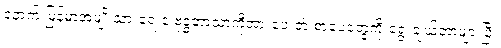
နောက် မြန်မာအမျိုးသားရေးနဲ့ ဗုဒ္ဓဘာသာကိုအားပေးတဲ့ စာပေတွေကို ရွေးချယ်တာများပြီး